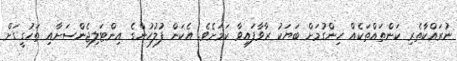
ނުރައްކާތެރި ކަންތައްތަކެއް ހިންގުމަށް ބަޔަކު ރާވާފައިވާ ކަމަށެވެ. އެކަން ފުލުހުންގެ އިންޓަލިޖެންސަށާއި ތަހުގީގަށް